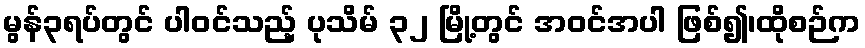
မွန်၃ရပ်တွင် ပါဝင်သည့် ပုသိမ် ၃၂ မြို့တွင် အဝင်အပါ ဖြစ်၍၊ထိုစဉ်က